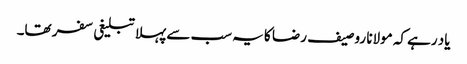
یاد رہے کہ مولانا روصیف رضا کا یہ سب سے پہلا تبلیغی سفر تھا۔